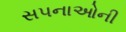
સપનાઓની